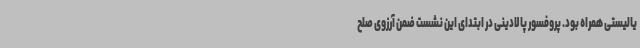
یالیستی همراه بود. پروفسور پالادینی در ابتدای این نشست ضمن آرزوی صلح